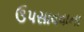
ઉપસાવવાના